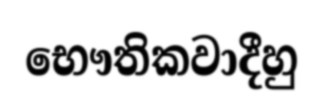
භෞතිකවාදීහු